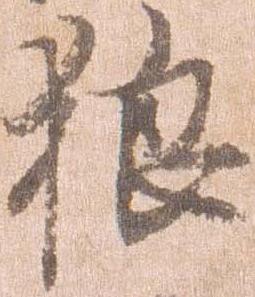
狼